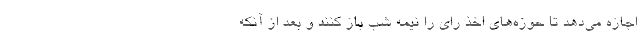
اجازه می‌دهد تا حوزه‌های اخذ رای را نیمه شب باز کنند و بعد از آنکه